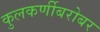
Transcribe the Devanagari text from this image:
कुलकर्णीबरोबर